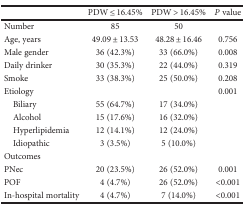
<table><thead><tr><td></td><td><b>PDW ≤ 16.45%</b></td><td><b>PDW &gt; 16.45%</b></td><td><b><i>P</i> value</b></td></tr></thead><tbody><tr><td>Number</td><td>85</td><td>50</td><td></td></tr><tr><td>Age, years</td><td>49.09 ± 13.53</td><td>48.28 ± 16.46</td><td>0.756</td></tr><tr><td>Male gender</td><td>36 (42.3%)</td><td>33 (66.0%)</td><td>0.008</td></tr><tr><td>Daily drinker</td><td>30 (35.3%)</td><td>22 (44.0%)</td><td>0.319</td></tr><tr><td>Smoke</td><td>33 (38.3%)</td><td>25 (50.0%)</td><td>0.208</td></tr><tr><td>Etiology</td><td></td><td></td><td>0.001</td></tr><tr><td> Biliary</td><td>55 (64.7%)</td><td>17 (34.0%)</td><td></td></tr><tr><td> Alcohol</td><td>15 (17.6%)</td><td>16 (32.0%)</td><td></td></tr><tr><td> Hyperlipidemia</td><td>12 (14.1%)</td><td>12 (24.0%)</td><td></td></tr><tr><td> Idiopathic</td><td>3 (3.5%)</td><td>5 (10.0%)</td><td></td></tr><tr><td>Outcomes</td><td></td><td></td><td></td></tr><tr><td>PNec</td><td>20 (23.5%)</td><td>26 (52.0%)</td><td>0.001</td></tr><tr><td>POF</td><td>4 (4.7%)</td><td>26 (52.0%)</td><td>&lt;0.001</td></tr><tr><td>In-hospital mortality</td><td>4 (4.7%)</td><td>7 (14.0%)</td><td>&lt;0.001</td></tr></tbody></table>